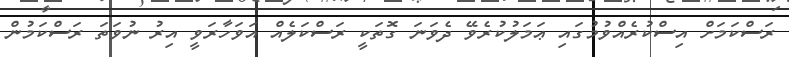
ރަސްކަމަށް އިސްކުރެއްވުމުގައި ޢަމަލުކުރެވޭ ދެވަނަ ގޮތަކީ ރަސްކަލެއް އަވަހާރަވީ އިރު ނުވަތަ ރަސްކަމުން